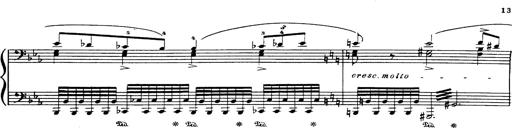
Title: Danza sacra e duetto finale dâ€™Aida
Composer: Franz Liszt